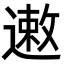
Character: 遫